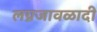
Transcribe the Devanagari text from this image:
लग्नजावळादी